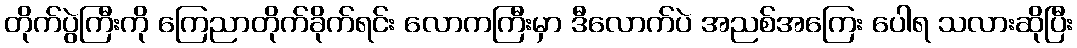
တိုက်ပွဲကြီးကို ကြေညာတိုက်ခိုက်ရင်း လောကကြီးမှာ ဒီလောက်ပဲ အညစ်အကြေး ပေါရ သလားဆိုပြီး